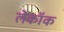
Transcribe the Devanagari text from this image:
लेकॉक